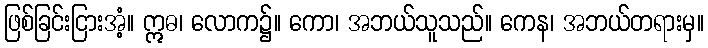
ဖြစ်ခြင်းငြားအံ့။ ဣဓ၊ လောက၌။ ကော၊ အဘယ်သူသည်။ ကေန၊ အဘယ်တရားမှ။